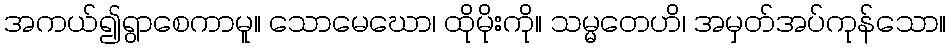
အကယ်၍ရွာစေကာမူ။ သောမေဃော၊ ထိုမိုးကို။ သမ္မတေဟိ၊ အမှတ်အပ်ကုန်သော။